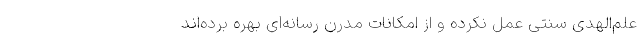
علم‌الهدی سنتی عمل نکرده و از امکانات مدرن رسانه‌ای بهره برده‌اند